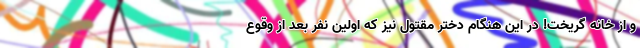
و از خانه گریخت! در این هنگام دختر مقتول نیز که اولین نفر بعد از وقوع